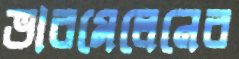
ভারমেলেনের